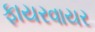
ફાયરવાયર